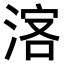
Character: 𣷅